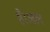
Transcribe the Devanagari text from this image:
है।अल